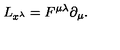
L _ { x ^ { \lambda } } = F ^ { \mu \lambda } \partial _ { \mu } .